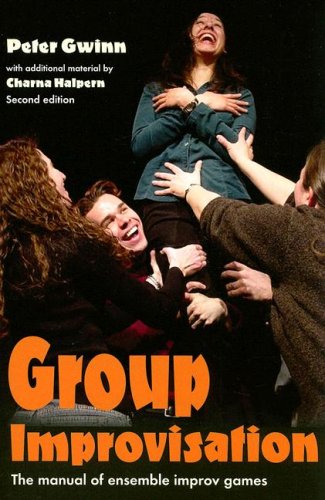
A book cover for Group Improvisation: The Manual of Ensemble Improv Games; Peter Gwinn; Humor & Entertainment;